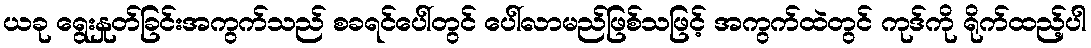
ယခု ရွေးနှုတ်ခြင်းအကွက်သည် စခရင်ပေါ်တွင် ပေါ်လာမည်ဖြစ်သဖြင့် အကွက်ထဲတွင် ကုဒ်ကို ရိုက်ထည့်ပါ